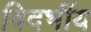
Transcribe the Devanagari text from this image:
विदर्भीय